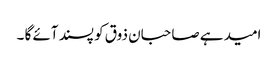
امید ہے صاحبان ذوق کو پسند آئے گا ۔